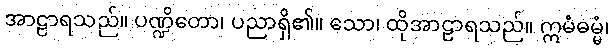
အာဠာရသည်။ ပဏ္ဍိတော၊ ပညာရှိ၏။ သော၊ ထိုအာဠာရသည်။ ဣမံဓမ္မံ၊